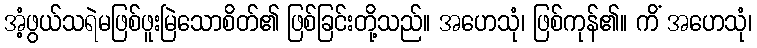
အံ့ဖွယ်သရဲမဖြစ်ဖူးမြဲသောစိတ်၏ ဖြစ်ခြင်းတို့သည်။ အဟေသုံ၊ ဖြစ်ကုန်၏။ ကိံ အဟေသုံ၊